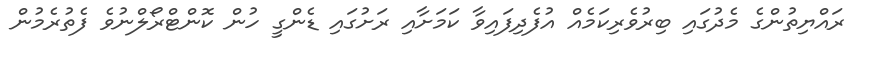
ރައްޔިތުންގެ މެދުގައި ބިރުވެރިކަމެއް އުފެދިފައިވާ ކަމަށާއި ރަށުގައި ޑެންގީ ހުން ކޮންޓްރޯލްނުވެ ފެތުރެމުން